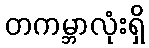
တကမ္ဘာလုံးရှိ